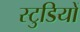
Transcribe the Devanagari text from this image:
स्टुडियों